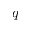
q